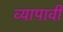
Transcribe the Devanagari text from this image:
व्यापावी